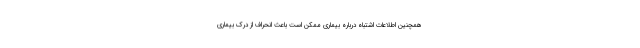
همچنین اطلاعات اشتباه درباره بیماری ممکن است باعث انحراف از درک بیماری